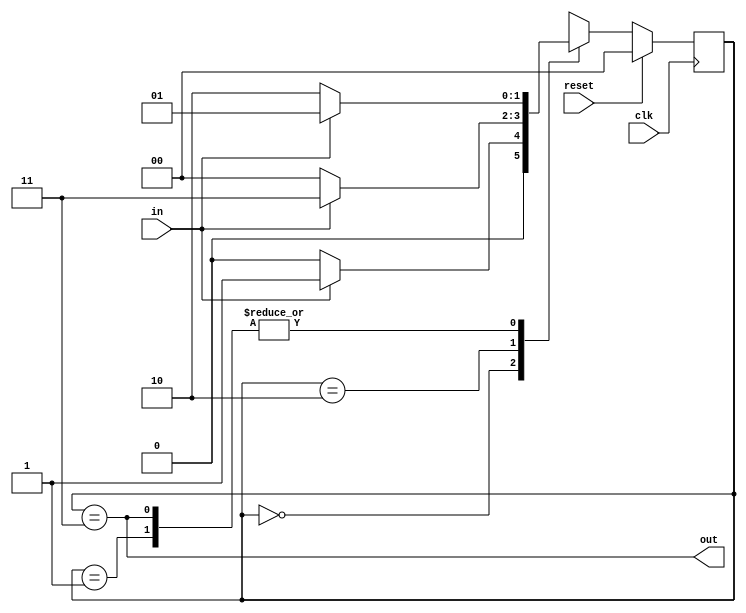
module top_module(
    input clk,
    input in,
    input reset,
    output out); //

    // // method 1: one-hot code
    // parameter A = 0, B = 1, C = 2, D = 3;
    // reg[3:0] cstate, nstate;
    // // State transition logic
    // always @(*) begin
    //     nstate[A] = (cstate[A] & ~in) | (cstate[C] & ~in);
    //     nstate[B] = (cstate[A] & in) | (cstate[B] & in) | (cstate[D] & in);
    //     nstate[C] = (cstate[B] & ~in) | (cstate[D] & ~in);
    //     nstate[D] = (cstate[C] & in);    
    // end
    

    // // State flip-flops with synchronous reset
    // always @(posedge clk) begin
    //     if(reset)
    //         cstate <= 4'b0001;
    //     else
    //         cstate <= nstate;
    // end

    // // Output logic
    // assign out = cstate[D];

    // method 2: none-one-hot code
    parameter A = 0, B = 1, C = 2, D = 3;
    reg[1:0] cstate, nstate;

    // state transition
    always @(*) begin
        case(cstate)
            A: nstate <= in ? B : A;
            B: nstate <= in ? B : C;
            C: nstate <= in ? D : A;
            D: nstate <= in ? B : C;
        endcase
    end

    // state flip-flops with synchronous reset
    always @(posedge clk) begin
        if(reset)
            cstate <= A;
        else
            cstate <= nstate; 
    end
    
    // output login
    assign out = (cstate == D);

endmodule